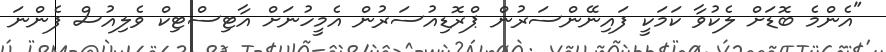
"އެންމެ ބޮޑަށް ލެކުވާ ކަމަކީ ފައިނޭންސަރުން ޕްރޮޑިއުސަރުން އެމީހުނަށް އާޓިސްޓިކް ވެލިއުސް ފެންނަ